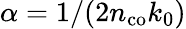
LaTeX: \alpha=1/(2n_{\mathrm{co}}k_{0})